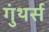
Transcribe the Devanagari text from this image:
गुंथर्स